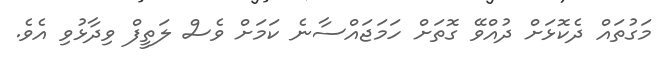
މަގުތައް ދެކޮޅަށް ދުއްވޭ ގޮތަށް ހަމަޖައްސާނެ ކަމަށް ވެސް ލަތީފް ވިދާޅުވި އެވެ.